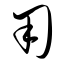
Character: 用